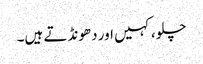
چلو، کہیں اور دھونڈتے ہیں۔